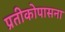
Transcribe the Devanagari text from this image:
प्रतीकोपासना